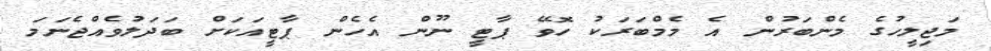
މަޖިލީހުގެ މެންބަރުން އެ މެމްބަރަކު ހޮވޭ ޕާޓީ ނޫން އެހެން ޕާޓީއަކަށް ބަދަލުވެއްޖެނަމަ